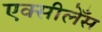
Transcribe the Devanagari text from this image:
एक्सीलेँस